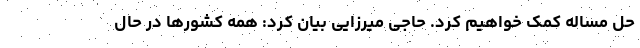
حل مساله کمک خواهیم کرد. حاجی میرزایی بیان کرد: همه کشورها در حال